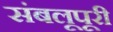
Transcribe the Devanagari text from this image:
संबलूपूरी